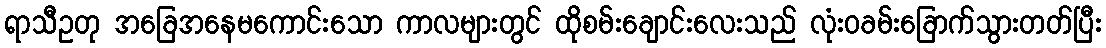
ရာသီဥတု အခြေအနေမကောင်းသော ကာလများတွင် ထိုစမ်းချောင်းလေးသည် လုံးဝခမ်းခြောက်သွားတတ်ပြီး